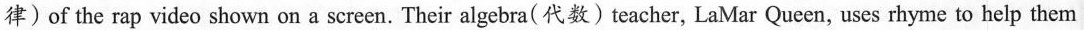
律)of the rap video shown on a screen. Their algebra(代数)teacher, LaMar Queen, uses rhyme to help them